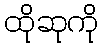
ထိုဆုကို